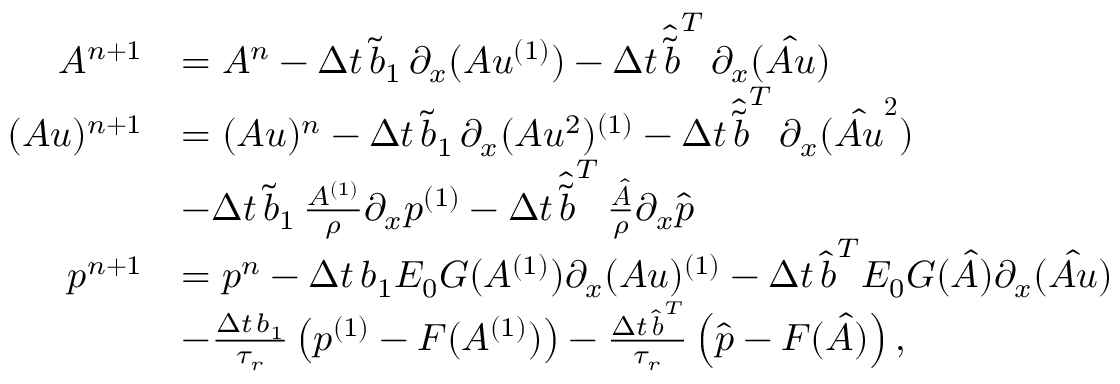
\begin{array} { r l } { A ^ { n + 1 } } & { = A ^ { n } - \Delta t \, \tilde { b } _ { 1 } \, \partial _ { x } ( A u ^ { ( 1 ) } ) - \Delta t \, \boldsymbol { \hat { \tilde { b } } } ^ { T } \, \partial _ { x } ( \boldsymbol { \hat { A u } } ) } \\ { ( A u ) ^ { n + 1 } } & { = ( A u ) ^ { n } - \Delta t \, \tilde { b } _ { 1 } \, \partial _ { x } ( A u ^ { 2 } ) ^ { ( 1 ) } - \Delta t \, \boldsymbol { \hat { \tilde { b } } } ^ { T } \, \partial _ { x } ( \boldsymbol { \hat { A u } ^ { 2 } } ) } \\ & { - \Delta t \, \tilde { b } _ { 1 } \, \frac { A ^ { ( 1 ) } } { \rho } \partial _ { x } p ^ { ( 1 ) } - \Delta t \, \boldsymbol { \hat { \tilde { b } } } ^ { T } \, \frac { \boldsymbol { \hat { A } } } { \rho } \partial _ { x } \boldsymbol { \hat { p } } } \\ { p ^ { n + 1 } } & { = p ^ { n } - \Delta t \, b _ { 1 } E _ { 0 } G ( A ^ { ( 1 ) } ) \partial _ { x } ( A u ) ^ { ( 1 ) } - \Delta t \, \boldsymbol { \hat { b } } ^ { T } E _ { 0 } \boldsymbol { G } ( \boldsymbol { \hat { A } } ) \partial _ { x } ( \boldsymbol { \hat { A u } } ) } \\ & { - \frac { \Delta t \, b _ { 1 } } { \tau _ { r } } \left( p ^ { ( 1 ) } - F ( A ^ { ( 1 ) } ) \right) - \frac { \Delta t \, \boldsymbol { \hat { b } } ^ { T } } { \tau _ { r } } \left( \boldsymbol { \hat { p } } - \boldsymbol { F } ( \boldsymbol { \hat { A } } ) \right) , } \end{array}